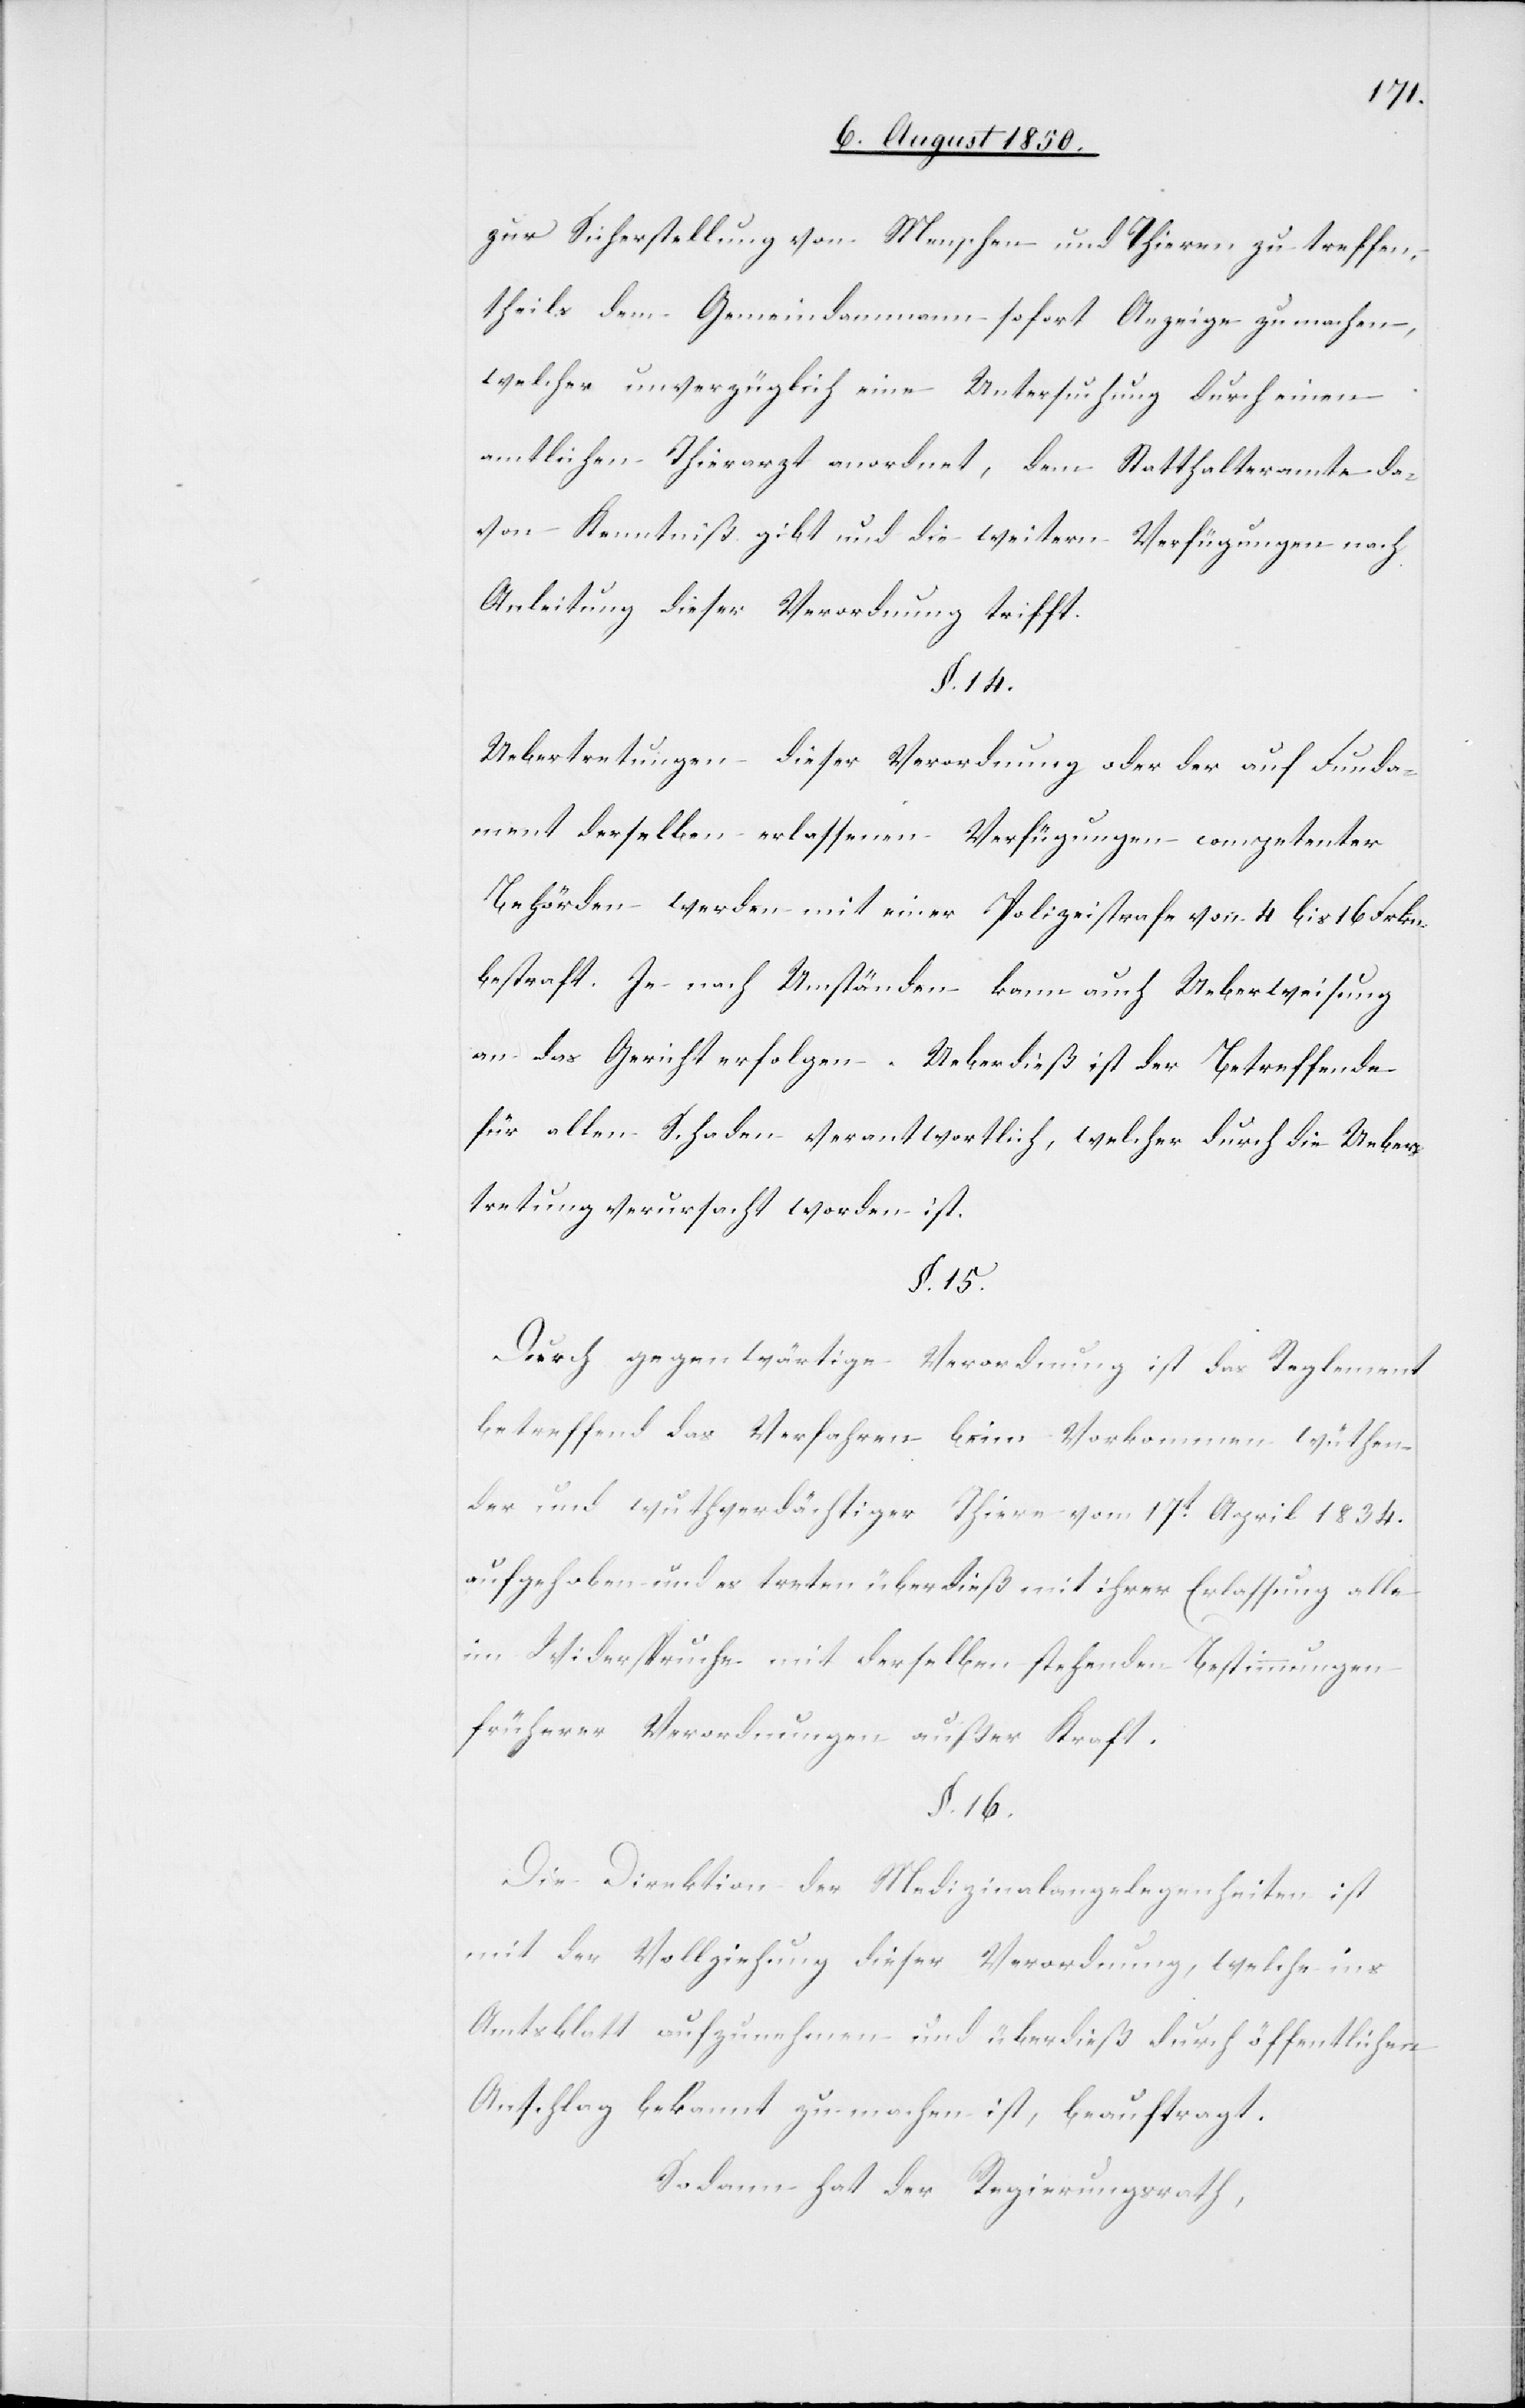
zur Sicherstellung von Menschen und Thieren, zu treffen,
theils dem Gemeindammann sofort Anzeige zu machen,
welcher unverzüglich eine Untersuchung durch einen
amtlichen Thierarzt anordnet, dem Statthalteramte da¬
von Kenntniß gibt und die weitern Verfügungen nach
Anleitung dieser Verordnung trifft.
§. 14.
Uebertretungen dieser Verordnung oder der auf Funda¬
ment derselben erlassenen Verfügungen competenter
Behörden werden mit einer Polizeistrafe von 4 bis 16 Frkn.
bestraft. Je nach Umständen kann auch Ueberweisung
an das Gericht erfolgen. Ueberdieß ist der Betreffende
für allen Schaden verantwortlich, welcher durch die Ueber¬
tretung verursacht worden ist.
§. 15.
Durch gegenwärtige Verordnung ist das Reglement
betreffend das Verfahren beim Vorkommen wüthen¬
der und wuthverdächtiger Thiere vom 17t April 1834.
aufgehoben und es treten überdieß mit ihrer Erlasssung alle
im Widerspruche mit derselben stehenden Bestimmungen
früherer Verordnungen außer Kraft.
§. 16.
Die Direktion der Medizinalangelegenheiten ist
mit der Vollziehung dieser Verordnung, welche ins
Amtsblatt aufzunehmen und überdieß durch öffentlichen
Anschlag bekannt zu machen ist, beauftragt.
Sodann hat der Regierungsrath,